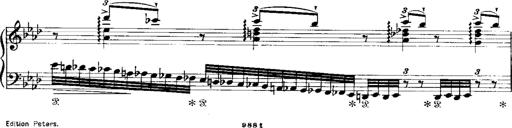
Title: Miserere du Trovatore
Composer: Franz Liszt